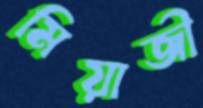
মিয়াজী